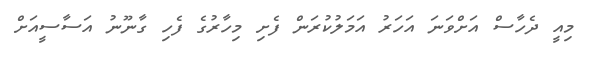
މިއީ ދެހާސް އަށްވަނަ އަހަރު އަމަލުކުރަން ފެށި މިހާރުގެ ފެހި ގާނޫނު އަސާސީއަށް